Leprosy in India: report of the Leprosy Commission in India, 1890-91
Year: 1890
Disease focus: Leprosy
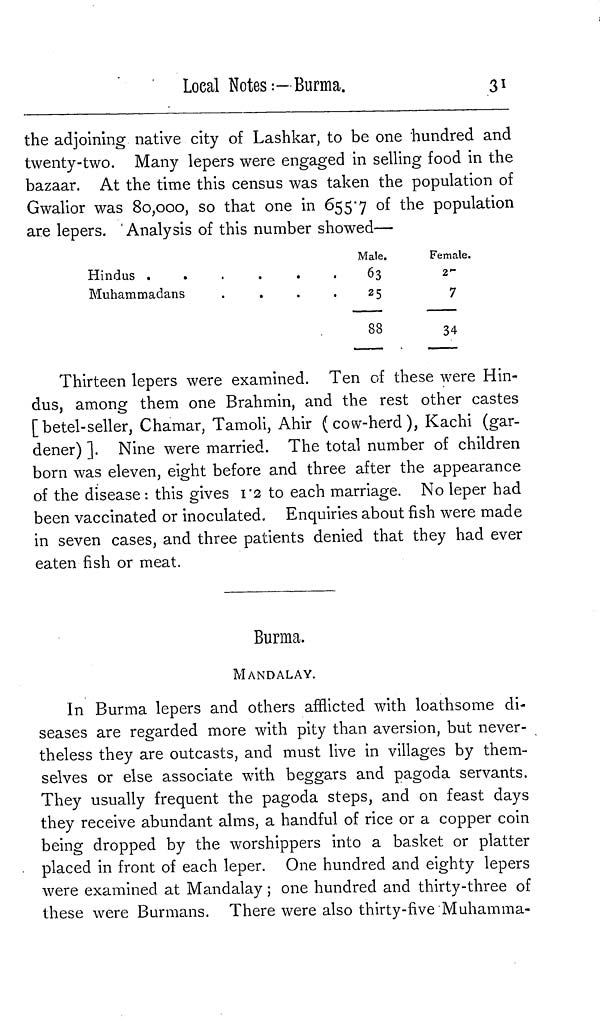
Loeal Notes :—Burma.
31
the adjoining native city of Lashkar, to be one hundred and
twenty-two. Many lepers were engaged in selling food in the
bazaar. At the time this census was taken the population of
Gwalior was 80,000, so that one in 655.7 of the population
are lepers. ' Analysis of this number showed—
Hindus .
Muhammadans
•
•
•
•
Male.
63
25
88
Female.
2 –
7
34
Thirteen lepers were examined. Ten of these were Hin-
dus, among them one Brahmin, and the rest other castes
[betel-sell er, Chamar, Tamoli, Ahir (cow-herd), Kachi (gar-
dener) ]. Nine were married. The total number of children
born was eleven, eight before and three after the appearance
of the disease : this gives 1.2 to each marriage. No leper had
been vaccinated or inoculated. Enquiries about fish were made
in seven cases, and three patients denied that they had ever
eaten fish or meat.
Burma.
MANDALAY.
In Burma lepers and others afflicted with loathsome di-
seases are regarded more with pity than aversion, but never-
theless they are outcasts, and must live in villages by them-
selves or else associate with beggars and pagoda servants.
They usually frequent the pagoda steps, and on feast days
they receive abundant alms, a handful of rice or a copper coin
being dropped by the worshippers into a basket or platter
placed in front of each leper. One hundred and eighty lepers
were examined at Mandalay ; one hundred and thirty-three of
these were Burmans. There were also thirty-five Muhamma-